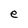
Character: e